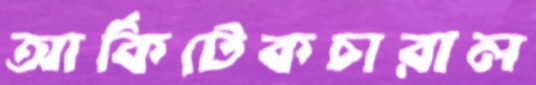
আর্কিটেকচারাল